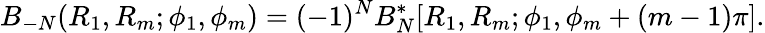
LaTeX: B_{-N}(R_{1},R_{m};\phi_{1},\phi_{m})=(-1)^{N}B_{N}^{\mathrm{*}}[R_{1},R_{m};\phi_{1},\phi_{m}+(m-1)\pi].